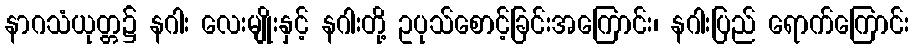
နာဂသံယုတ္တ၌ နဂါး လေးမျိုးနှင့် နဂါးတို့ ဥပုသ်စောင့်ခြင်းအကြောင်း၊ နဂါးပြည် ရောက်ကြောင်း